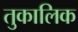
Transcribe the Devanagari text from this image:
तुकालिक